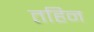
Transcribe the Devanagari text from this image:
तहिन